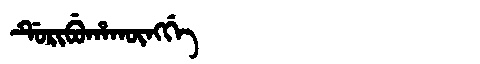
Manchu: ᡩᡠᡵᡳᠪᡠᡥᠠᡴᡡᠩᡤᡝ
Romanization: DURIBUHAKŪNGGE